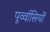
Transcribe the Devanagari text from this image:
पूर्व्वासियों